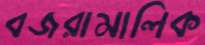
বজরামালিক